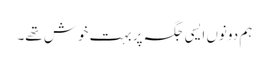
ہم دونوں ایسی جگہ پر بہت خوش تھے۔